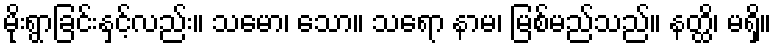
မိုးရွာခြင်းနှင့်လည်း။ သမော၊ သော။ သရော နာမ၊ မြစ်မည်သည်။ နတ္ထိ၊ မရှိ။